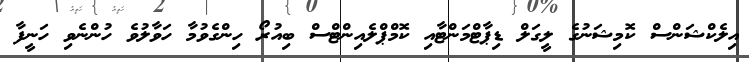
އިލެކްޝަންސް ކޮމިޝަނުގެ ލީގަލް ޑިޕާޓްމަންޓާއި ކޮމްޕްލެއިންޓްސް ބިއުރޯ ހިންގެވުމާ ހަވާލުވެ ހުންނެވި ހަނީފާ